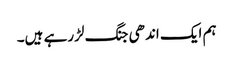
ہم ایک اندھی جنگ لڑرہے ہیں۔